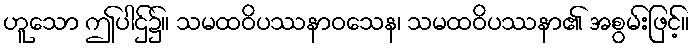
ဟူသော ဤပါဌ်၌။ သမထဝိပဿနာဝသေန၊ သမထဝိပဿနာ၏ အစွမ်းဖြင့်။